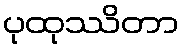
ပုထုဿိတာ